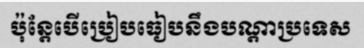
ប៉ុន្តែបើប្រៀបធៀបនឹងបណ្តាប្រទេស